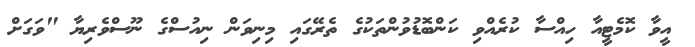
އީވާ ކޮމެޓީއާ ހިއްސާ ކުރެއްވި ކަންބޮޑުވުންތަކުގެ ތެރޭގައި މިނިވަން ނިއުސްގެ ނޫސްވެރިޔާ "ވަގަށް